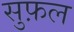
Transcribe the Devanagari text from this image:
सुफ़ल